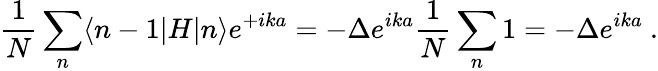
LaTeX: {\frac{1}{N}}\sum_{n}\langle n-1|H|n\rangle e^{+ika}=-\Delta e^{ika}{\frac{1}{N}}\sum_{n}1=-\Delta e^{ika}\ .